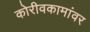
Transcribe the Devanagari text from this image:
कोरीवकामांवर